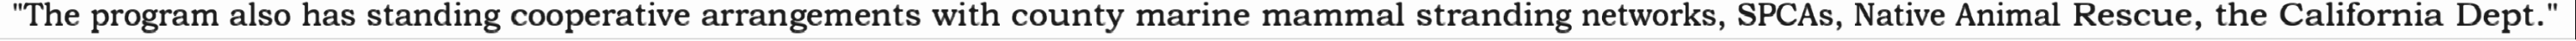
"The program also has standing cooperative arrangements with county marine mammal stranding networks, SPCAs, Native Animal Rescue, the California Dept."